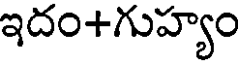
ఇదం+గుహ్యం